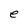
Character: e